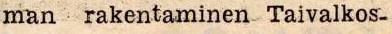
man rakentaminen Taivalkos-